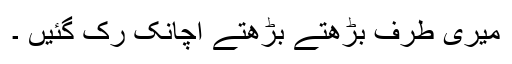
میری طرف بڑھتے بڑھتے اچانک رک گئیں ۔